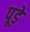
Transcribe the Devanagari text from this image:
पूड़े